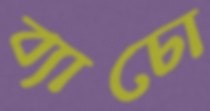
ব্যাচো